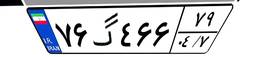
۷۹گ۵۹۰۱۵